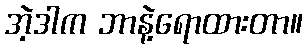
အဲ့ဒါက ဘာနဲ့ရောထားတာ။